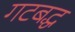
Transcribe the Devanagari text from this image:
गटबद्ध